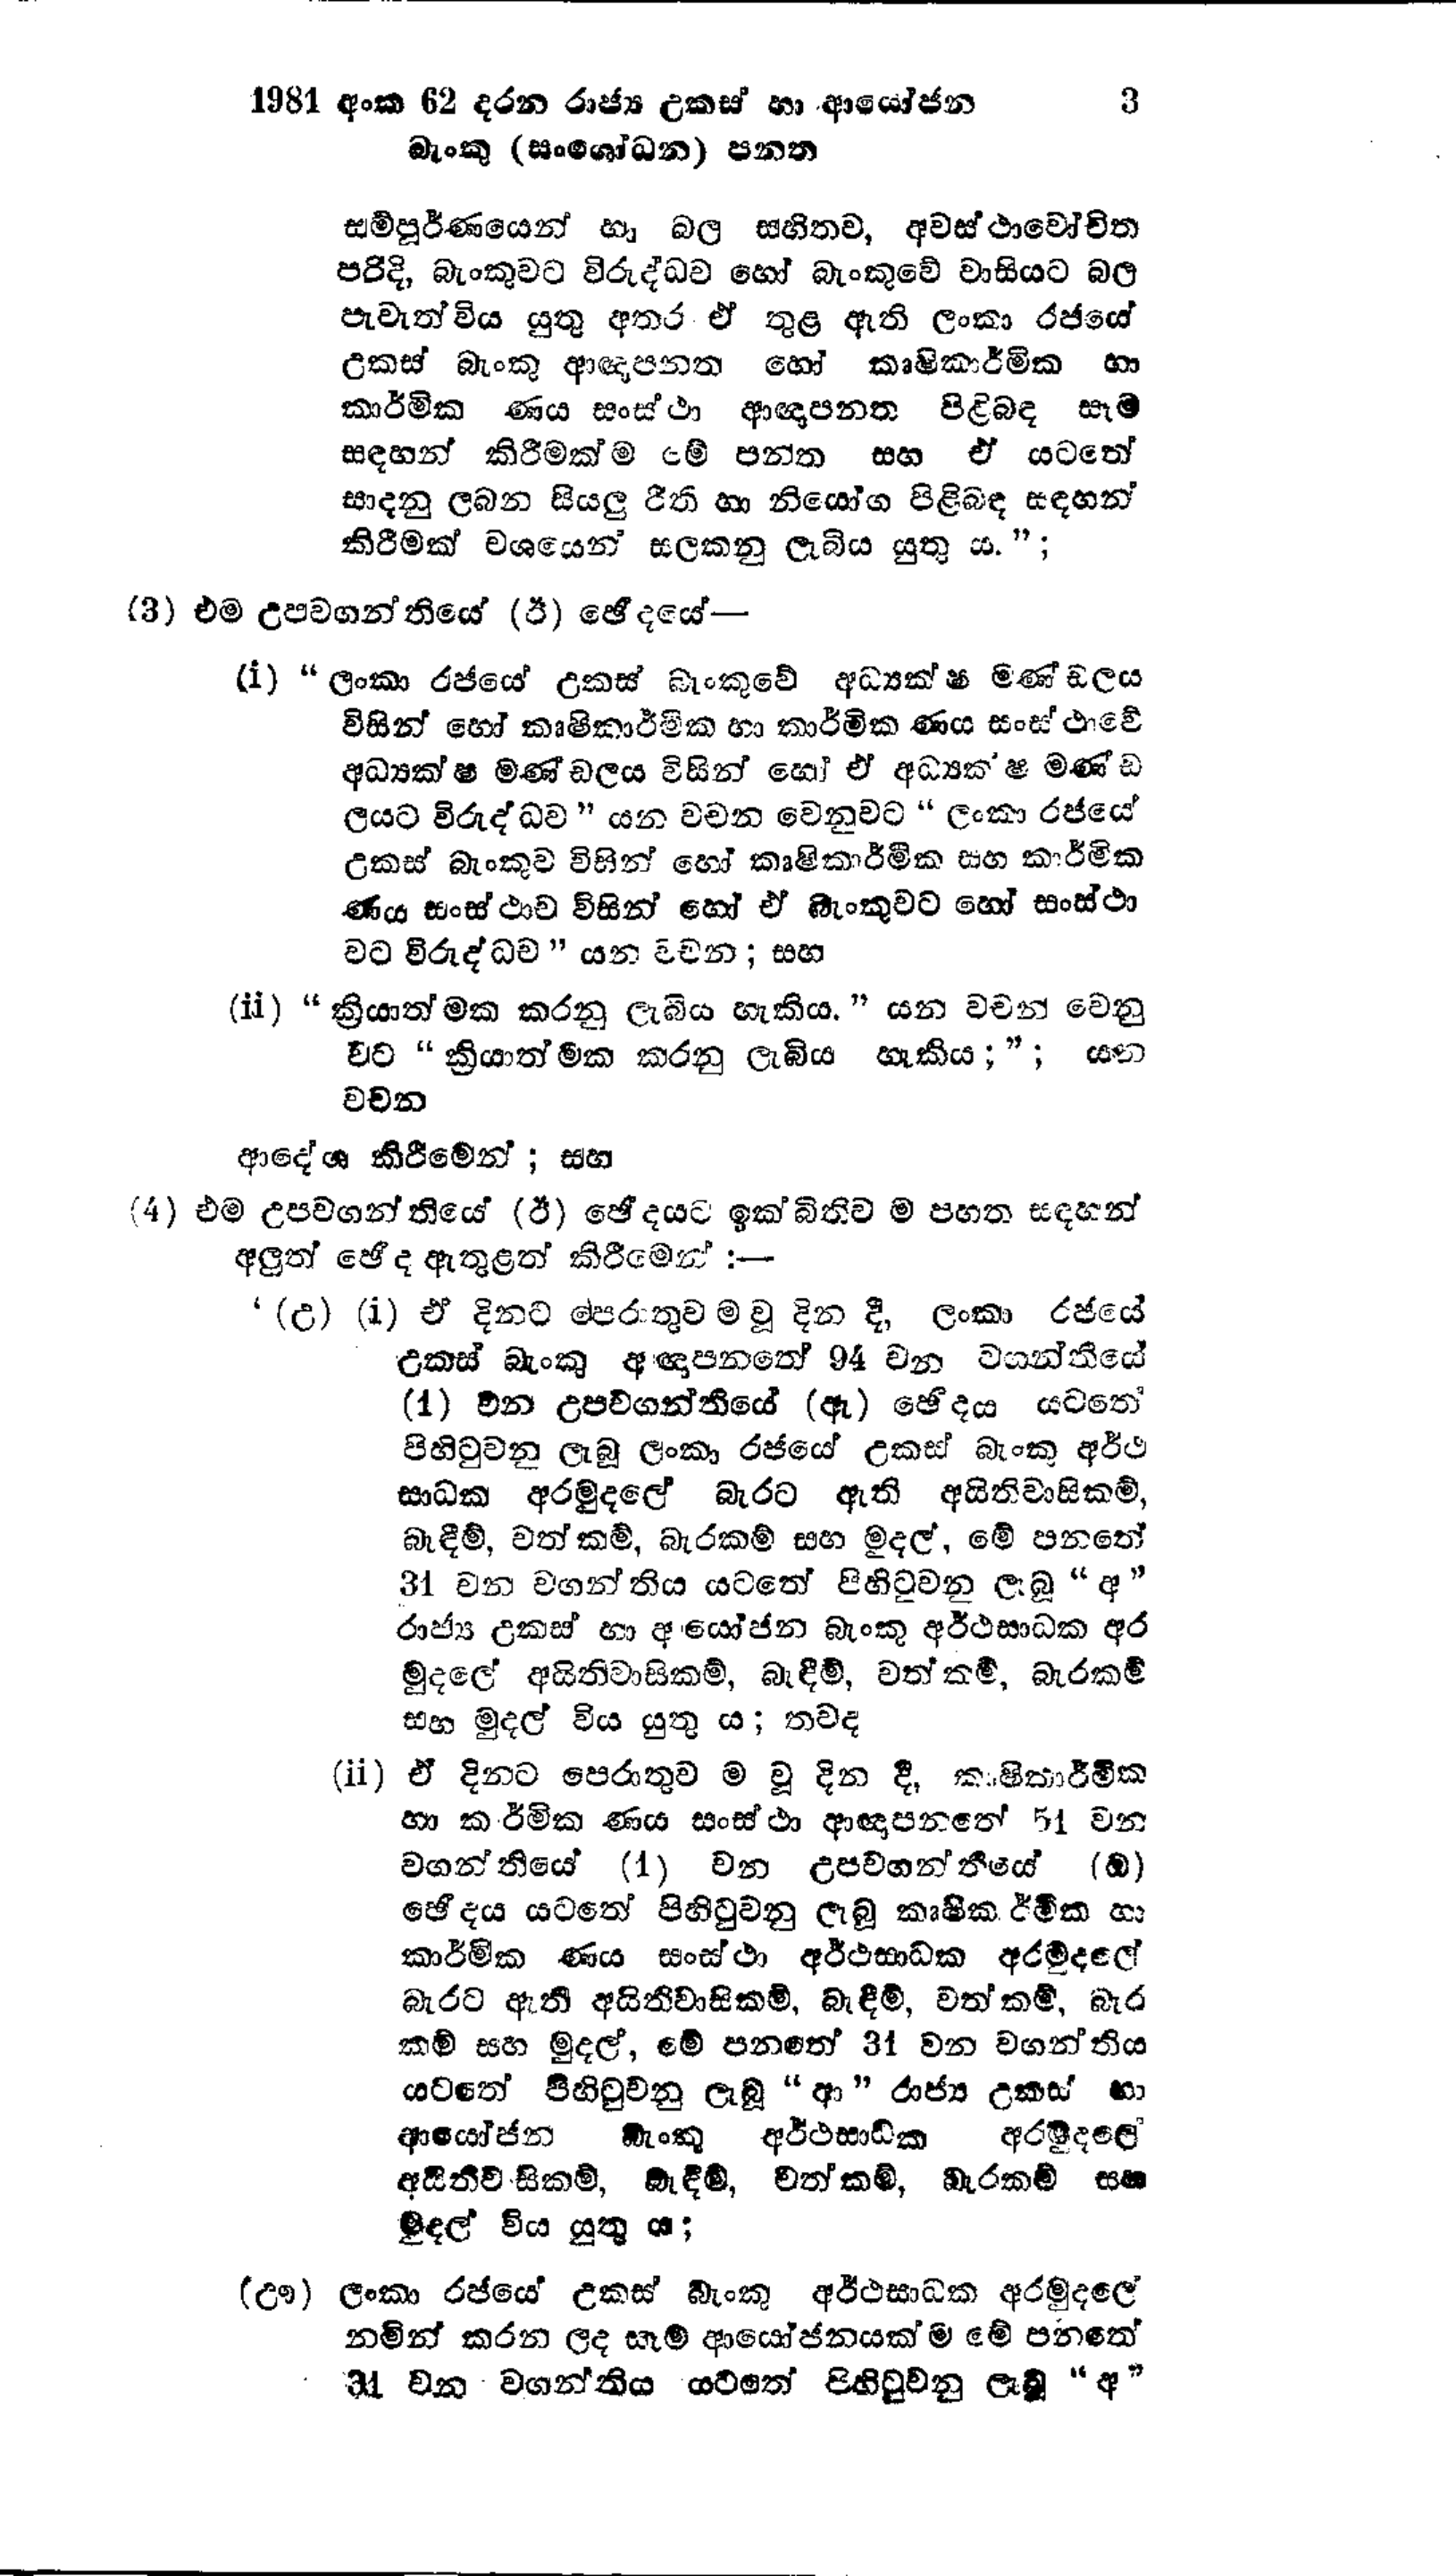
1981 අංක 62 දරන රාජ්‍ය උකස් හා ආයෝජන  3
බැංකු (සංශෝධන) පනත

සම්පුර්ණයෙන් හා බල සහිතව, අවස්ථාවෝචිත
පරිදි, බැංකුවට විරුද්ධව හෝ බැංකුවේ වාසියට බල
පැවැත්විය යුතු අතර ඒ තුළ ඇති ලංකා රජයේ
උකස් බැංකු ආඥාපනත හෝ කෘෂිකාර්මික හා
කාර්මික ණය සංස්ථා ආඥාපනත පිළිබඳ සෑම
සඳහන් කිරීමක්ම මේ පන්ත සහ ඒ යටතේ
සාදනු ලබන සියලු රීති හා නියෝග පිළිබඳ සඳහන්
කිරීමක් වශයෙන් සලකනු ලැබිය යුතු ය.";

(3) එම උපවගන්තියේ (ඊ) ඡේදයේ -

(i) “ ලංකා රජයේ උකස් බැංකුවේ අධ්‍යක්ෂ මණ්ඩලය
විසින් හෝ කෘෂිකාර්මික හා කාර්මික ණය සංස්ථාවේ
අධ්‍යක්ෂ මණ්ඩලය විසින් හෝ ඒ අධ්‍යක්ෂ මණ්‌ඩ
ලයට විරුද්ධව " යන වචන වෙනුවට " ලංකා රජයේ
උකස් බැංකුව විසින් හෝ කෘෂිකාර්මික සහ කාර්මික
ණය සංස්ථාව විසින් හෝ එ බැංකුවට හෝ සංස්ථා
වට විරුද්ධව " යන වචන; සහ

(ii) “ක්‍රියාත්මක කරනු ලැබීය හැකිය." යන වචන වෙනු
වට “ක්‍රියාත්මක කරනු ලැබිය හැකිය;";යන
වචන

ආදේශ කිරීමෙන්; සහ

(4) එම උපවගන්තියේ (ඊ) ඡේදයට ඉක්බිතිවම පහත සඳහන්
අලුත් ඡේද ඇතුළත් කිරීමෙන් :-

‘(උ) (i) ඒ දිනට පෙරාතුව ම වූ දින දී, ලංකා රජයේ
උකස් බැංකු ආඥාපනතේ 94 වන වගන්තියේ
(1) වන උපවගන්තියේ (ඇ) ඡේදය යටතේ
පිහිටුවනු ලැබූ ලංකා රජයේ උකස් බැංකු අර්ථ
සාධක අරමුදලේ බැරට ඇති අයිතිවාසිකම්,
බැඳීම්, වත්කම්, බැරකම් සහ මුදල්, මේ පනතේ
34 වන වගන්තිය යටතේ පිහිටුවනු ලැබූ "අ"
රාජ්‍ය උකස් හා ආයෝජන බැංකු අර්ථසාධක අර
මුදලේ අයිතිවාසිකම්, බැඳීම්, වත් කම්, බැරකම්
සහ මුදල් විය යුතු ය; තවද

(ii) ඒ දිනට පෙරාතුව ම වූ දින දී, කෘෂිකාර්මික
හා කාර්මික ණය සංස්ථා ආඥා පනතේ 51 වන
වගන්තියේ (1) වන උපවගන්තීයේ (ඔ)
ඡේදය යටතේ පිහිටුවනු ලැබූ කෘෂිකර්මික හා
කාර්මික ණය සංස්ථා අර්ථසාධක අරමුදලේ
බැරට ඇති අයිතිවාසිකම්, බැඳීම්, වත්කම්, බැර
කම් සහ මුදල්, මේ පනතේ 34 වන වගන්තිය
යටතේ පිහිටුවනු ලැබූ  "ආ " රාජ්‍ය උකස් හා
ආයෝජන බැංකු අර්ථසාධක අරමුදලේ
අයිතිවාසිකම්, බැඳීම්, වත්කම්, බැරකම් සහ
මුදල් විය යුතු ය;

(ඌ) ලංකා රජයේ උකස් බැංකු අර්ථසාධක අරමුදලේ
නමින් කරන ලද සෑම ආයෝජනයක් ම මේ පනතේ
31 වන වගන්තිය යටතේ පිහිටුවනු ලැබූ "අ”